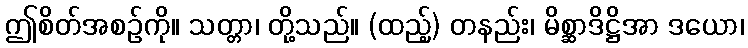
ဤစိတ်အစဉ်ကို။ သတ္တာ၊ တို့သည်။ (ထည့်) တနည်း၊ မိစ္ဆာဒိဋ္ဌိအာ ဒယော၊